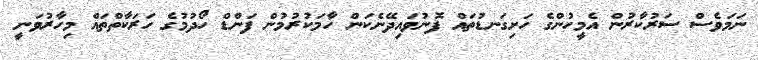
ނަމަވެސް ސަރުކާރުން އެމީހުންގެ ހަށިގަނޑުތައް ފޮނުވައިދޭނެކަން ހާމަކުރުމުން ފަންޑް ހޯދުމުގެ ހަރަކާތްތައް މިހާރުވަނީ